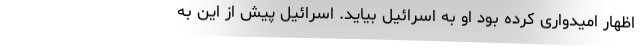
اظهار امیدواری کرده بود او به اسرائیل بیاید. اسرائیل پیش از این به